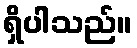
ရှိပါသည်။